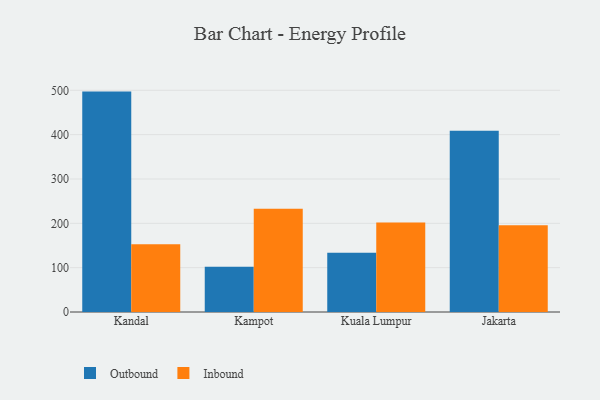
{"axis": {"x": "City", "y": "Revenue (USD Million)"}, "legend": ["Inbound", "Outbound"], "data": [{"x": "Kandal", "y": 497.1, "type": "Outbound"}, {"x": "Kandal", "y": 152.6, "type": "Inbound"}, {"x": "Kampot", "y": 101.9, "type": "Outbound"}, {"x": "Kampot", "y": 232.8, "type": "Inbound"}, {"x": "Kuala Lumpur", "y": 133.5, "type": "Outbound"}, {"x": "Kuala Lumpur", "y": 202.1, "type": "Inbound"}, {"x": "Jakarta", "y": 408.9, "type": "Outbound"}, {"x": "Jakarta", "y": 195.4, "type": "Inbound"}]}